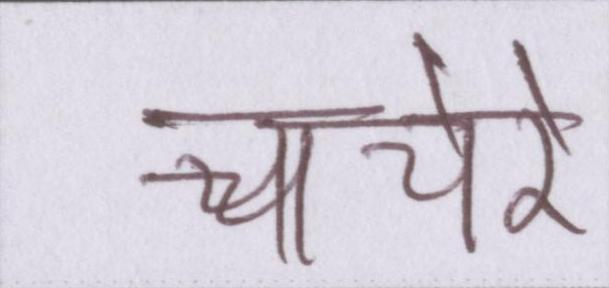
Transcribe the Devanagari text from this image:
चचेरे